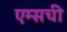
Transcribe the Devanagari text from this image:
एम्सची